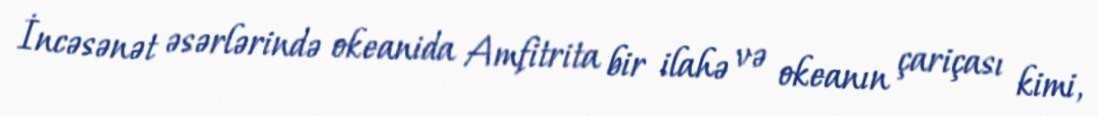
İncəsənət əsərlərində okeanida Amfitrita bir ilahə və okeanın çariçası kimi,